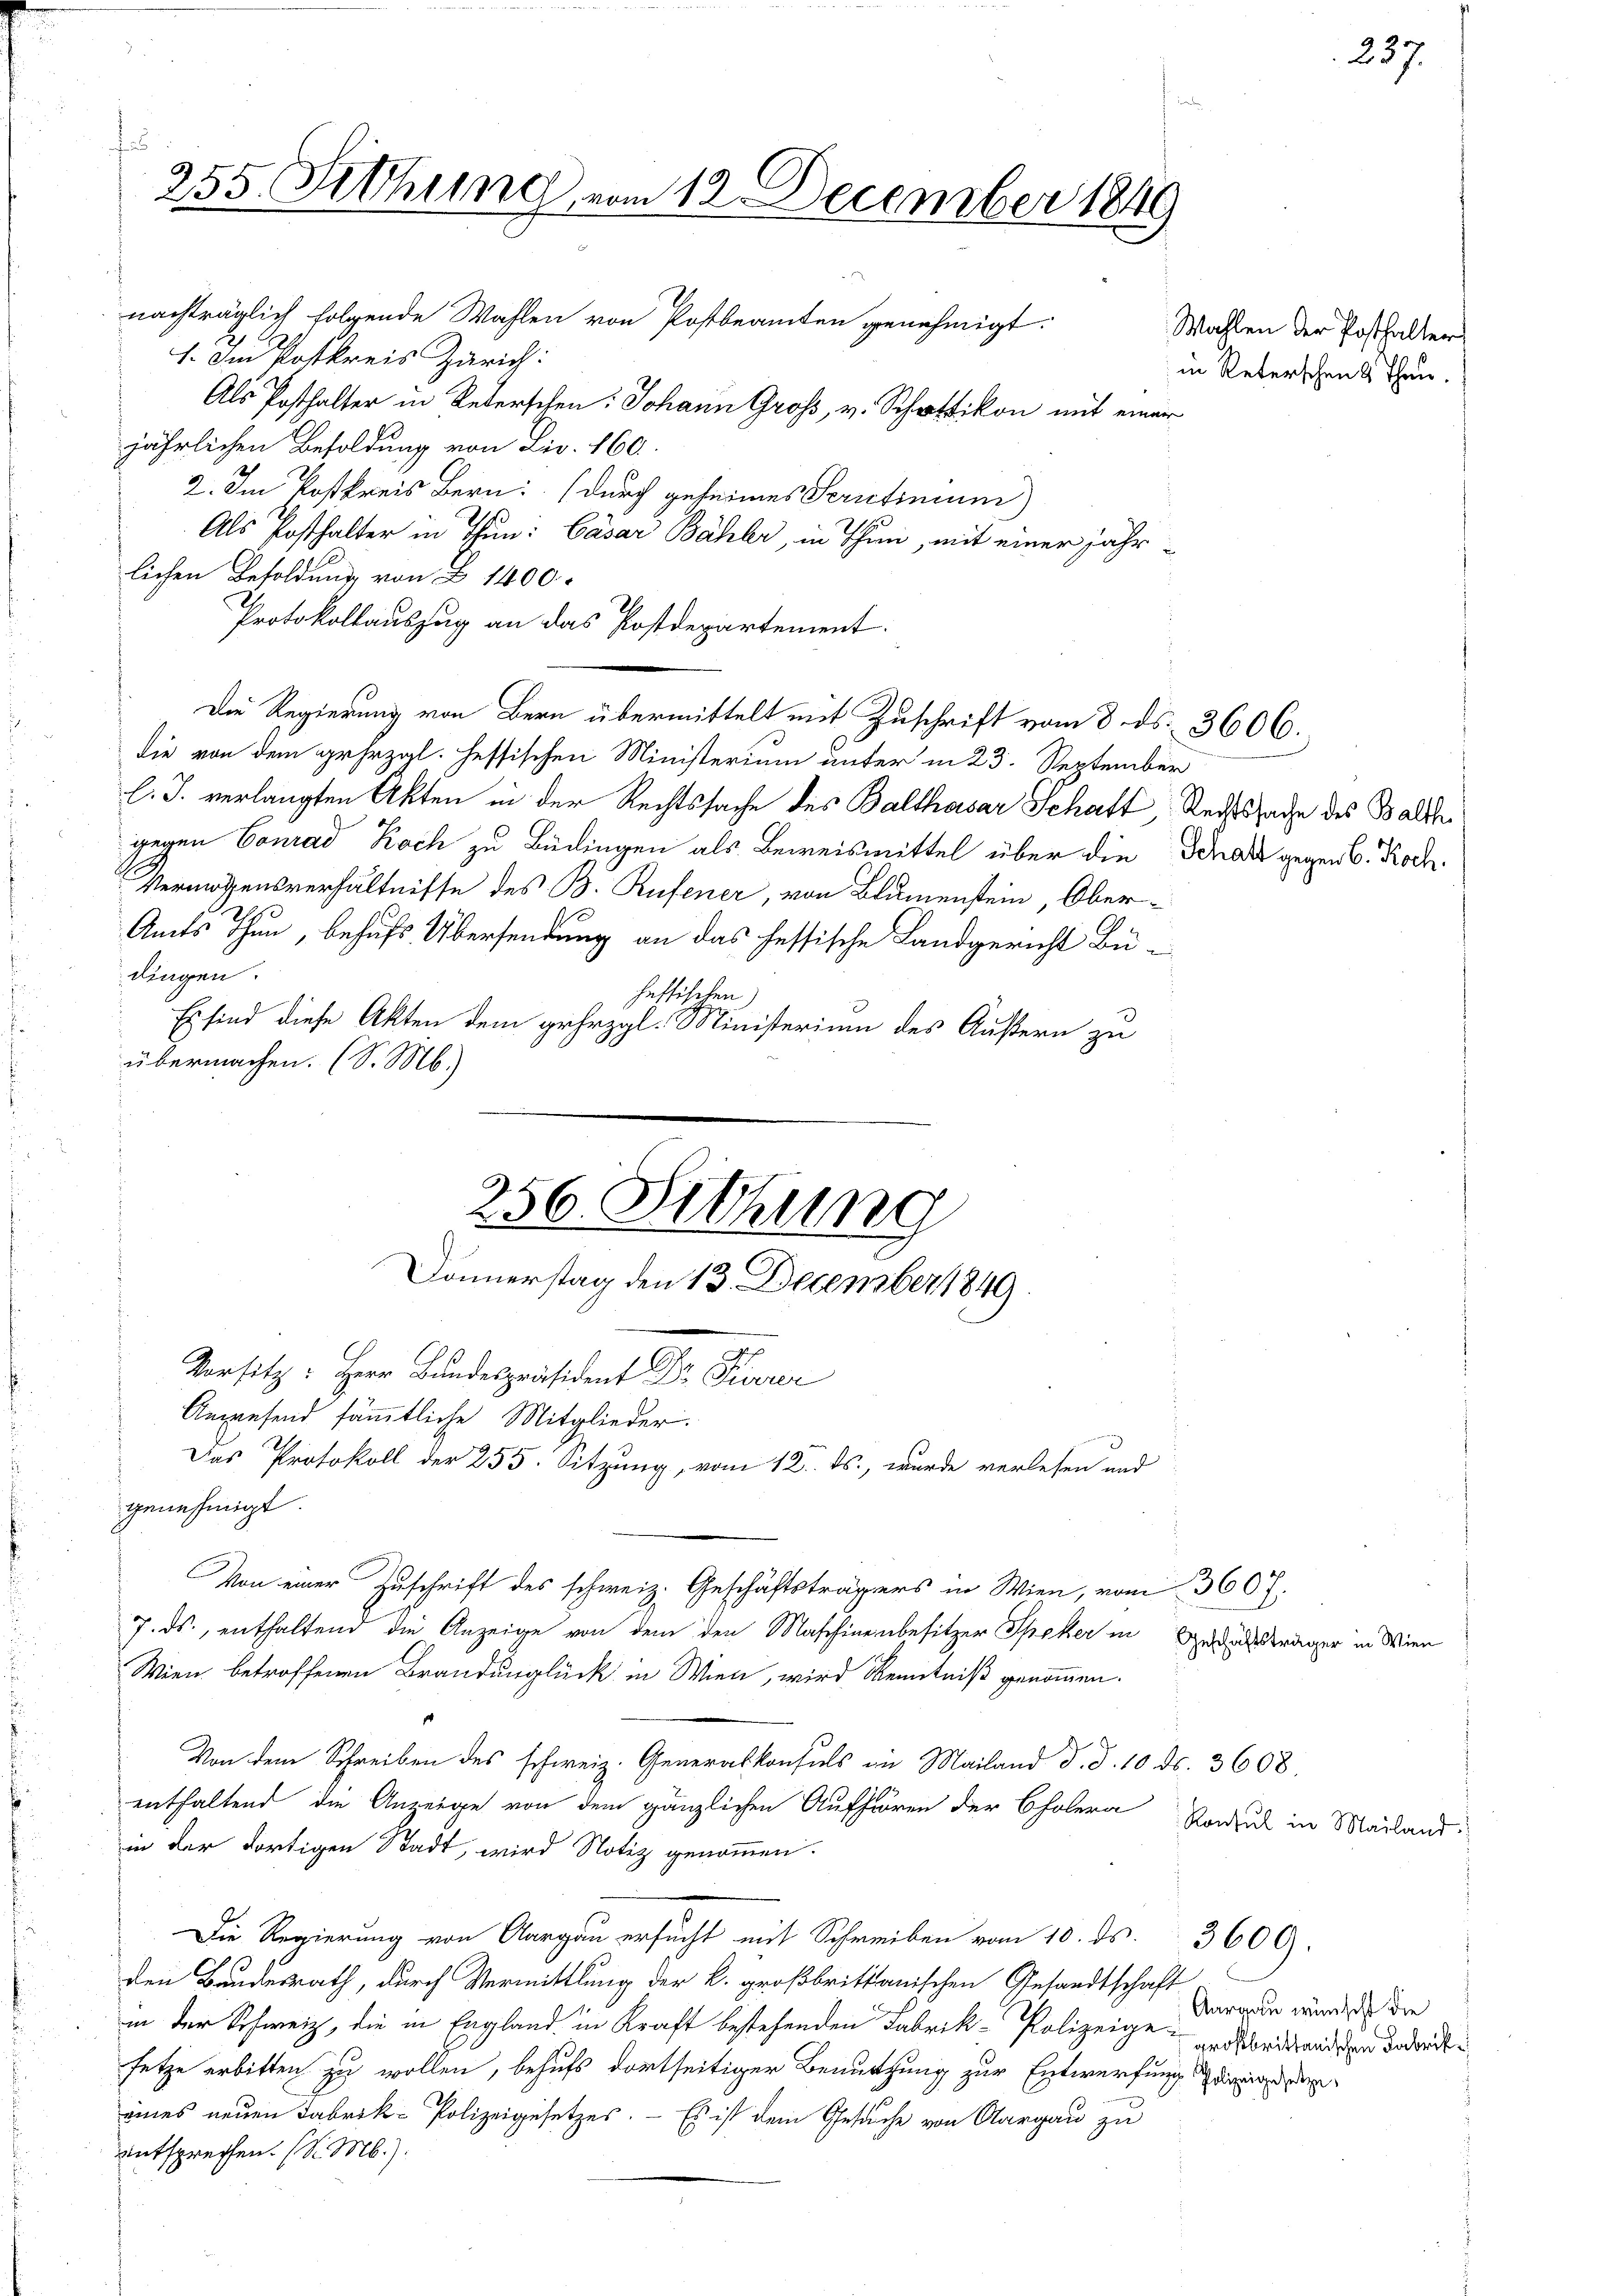
1. Im Poskreis Zürich:
Als Posthalter in Reterschen: Johann Gross, v. Schattikon mit einer
jährlichen Besoldung von Liv. 160.
2. Im Postkreis Bern: (durch geheimes Scrutinium)
Als Posthalter in Thun: Casar Bähler, in Thun, mit einer jährlichen Besoldung von § 1400.
Protokollauszug an das Postdepartement.
Die Regierung von Bern übermittelt mit Zuschrift vom 8. ds. 3606.
die von dem gehezgl. Hessischen Ministerium unter in 23. September
l. J. verlangten Akten in der Rechtssache des Balthasar Schaft, Rechtssade des Balte
gegen Conrad Koch zu Büdingen als Beweismittel über die Schade gegen 6. Koch¬
Vermögensverhältnisse des B. Rufener, von Blumenstein, Ober¬
Amts Thun, behufs Übersendung an das hessische Landgericht Büdingen.
heffischen)
Es sind diese Akten dem gehezgl. Ministerium des Äußern zu
übermachen. (S. M.)

f
255. Sitzung vom 12. December 1849
nachträglich folgende Wahlen von Postbeamten genehmigt.

256. Sitzung
Donnerstag den 13. December 1849
Versitz: Herr Bundespräsident Dr. Fiserer
Anwesend sämmtliche Mitglieder.
Das Protokoll der 255. Sitzung, vom 12. ds., wurde verlesen und

Wahlen der Posthalter
in Reterschen 4 Thau.

genehmigt.
Von einer Zuschrift des schweiz. Geschäftsträgers in Wien, vom 360 f.
7. ds., enthaltend die Anzeige von dem den Maschinenbesitzer Speker in Zedelssträger in Wien
Wien betroffenen Brandunglück in Wien, wird Kenntniß genommen.
Von dem Schreiben des schweiz. Generalkonsuls in Mailand d. d. 10. ds. 3608.
enthaltend die Anzeige von dem gänzlichen Aufhören der Cholera
in der dortigen Stadt, wird Notiz genommen.
Die Regierung von Aargau ersucht mit Schreiben vom 10. ds. 3600.
den Bundesrath, durch Vermittlung der k. großbrittanischen Gesandtschaft
in der Schweiz, die in England in Kraft bestehenden Fabrik-Polizeige Arbeitenden dreite
setze erbitten zu wollen, behufs dortseitiger Benutzung zur Entwerfung de
eines neuen Fabrik-Polizeigesetzes. - Es ist dem Gesuche von Aargau zu
entsprechen. (S. M.).

Konsul in Mailand.

237.

Aargau wünscht die